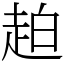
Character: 䞟